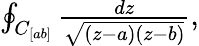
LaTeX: \begin{array}{r}{\oint_{C_{[ab]}}\frac{dz}{\sqrt{(z-a)(z-b)}},}\end{array}